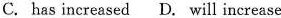
C. has increased D. Will increase